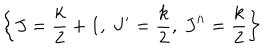
LaTeX: \left\{ J = \frac { k } { 2 } + 1 , \ J ^ { \prime } = \frac { k } { 2 } , \ J ^ { \prime \prime } = \frac { k } { 2 } \right\}